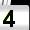
Digit: 4